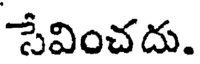
సేవించదు.